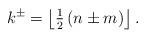
LaTeX: \begin{align*}k^{\pm }=\left\lfloor {{\tfrac{1}{2}}\left( {n\pm m}\right) }\right\rfloor .\end{align*}